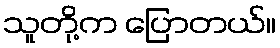
သူတို့က ပြောတယ်။